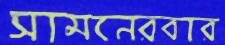
সামনেরবার